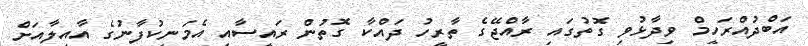
އަބްދުއްރަހީމް ވިދާޅުވި ގޮތުގައި ރާއްޖޭގެ ތާރީހު ދައްކާ ގޮތުން ރައީސާއި އެމަނިކުފާނުގެ އާއިލާއަށް